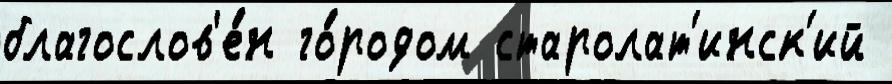
благослов'е́н го́родом старолат'инск'ий